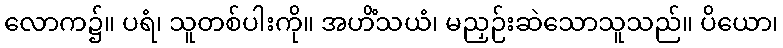
လောက၌။ ပရံ၊ သူတစ်ပါးကို။ အဟိံသယံ၊ မညှဉ်းဆဲသောသူသည်။ ပိယော၊